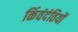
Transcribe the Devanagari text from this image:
किंवंदंतियों